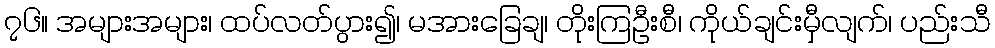
၇၆။ အများအများ၊ ထပ်လတ်ပွား၍၊ မအားခြေချ၊ တိုးကြဦးစီ၊ ကိုယ်ချင်းမှီလျက်၊ ပည်းသီ